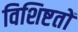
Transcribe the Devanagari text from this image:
विशिष्टतों